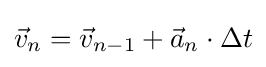
{\vec {v}}_{n}={\vec {v}}_{n-1}+{\vec {a}}_{n}\cdot \Delta t